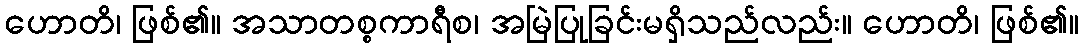
ဟောတိ၊ ဖြစ်၏။ အသာတစ္စကာရီစ၊ အမြဲပြုခြင်းမရှိသည်လည်း။ ဟောတိ၊ ဖြစ်၏။